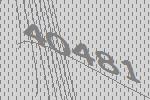
40481